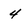
Character: 4